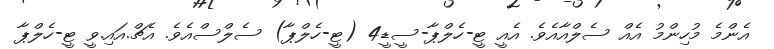
އެންމެ މުހިންމު އެއް ސެލްއާއެވެ. އެއީ ޓީ-ހެލްޕާ-ސީޑީ4 (ޓީ-ހެލްޕާ) ސެލްސްއެވެ. އެޗް.އައި.ވީ ޓީ-ހެލްޕާ